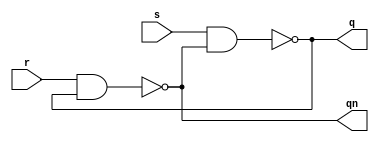
`timescale 1ns / 1ps
// Nicholas Saylor 11/10/21
// CMPEN 270
// RTL sr latch


// NOTE: Could not get this to latch for some reason
module sr (s,r,q,qn);
input s, r;
output q, qn;

assign #10 q = ~(s & qn);
assign #10 qn = ~(r & q);

endmodule